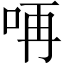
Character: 𠱻